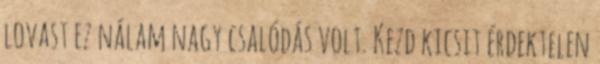
lovast ez nálam nagy csalódás volt. Kezd kicsit érdektelen